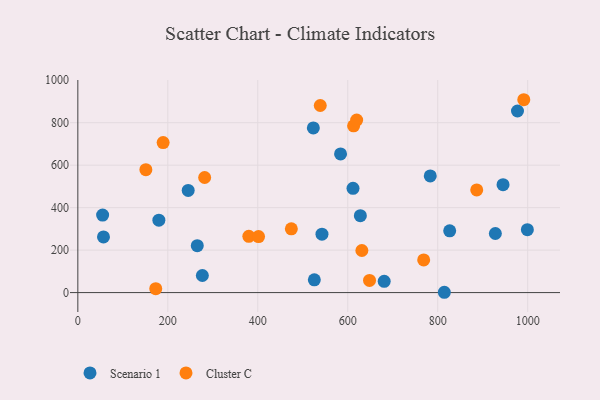
{"axis": {"x": "Distance", "y": "Exam Score"}, "legend": ["Cluster C", "Scenario 1"], "data": [{"x": "55.1", "y": 365.1, "type": "Scenario 1"}, {"x": "245.3", "y": 481.3, "type": "Scenario 1"}, {"x": "999.3", "y": 296.1, "type": "Scenario 1"}, {"x": "523.5", "y": 775.4, "type": "Scenario 1"}, {"x": "945.2", "y": 508.1, "type": "Scenario 1"}, {"x": "276.8", "y": 80.6, "type": "Scenario 1"}, {"x": "928.1", "y": 278.3, "type": "Scenario 1"}, {"x": "584.0", "y": 653.2, "type": "Scenario 1"}, {"x": "977.3", "y": 855.0, "type": "Scenario 1"}, {"x": "57.0", "y": 262.3, "type": "Scenario 1"}, {"x": "525.7", "y": 59.9, "type": "Scenario 1"}, {"x": "542.7", "y": 275.0, "type": "Scenario 1"}, {"x": "180.1", "y": 341.0, "type": "Scenario 1"}, {"x": "826.6", "y": 291.0, "type": "Scenario 1"}, {"x": "628.0", "y": 362.2, "type": "Scenario 1"}, {"x": "265.5", "y": 221.1, "type": "Scenario 1"}, {"x": "814.7", "y": 1.5, "type": "Scenario 1"}, {"x": "611.7", "y": 491.2, "type": "Scenario 1"}, {"x": "681.0", "y": 53.2, "type": "Scenario 1"}, {"x": "783.4", "y": 549.6, "type": "Scenario 1"}, {"x": "613.0", "y": 785.1, "type": "Cluster C"}, {"x": "991.3", "y": 908.2, "type": "Cluster C"}, {"x": "648.4", "y": 57.2, "type": "Cluster C"}, {"x": "380.1", "y": 265.1, "type": "Cluster C"}, {"x": "538.9", "y": 880.9, "type": "Cluster C"}, {"x": "173.2", "y": 18.6, "type": "Cluster C"}, {"x": "281.9", "y": 542.0, "type": "Cluster C"}, {"x": "474.6", "y": 300.1, "type": "Cluster C"}, {"x": "619.8", "y": 812.4, "type": "Cluster C"}, {"x": "631.4", "y": 198.1, "type": "Cluster C"}, {"x": "768.8", "y": 154.0, "type": "Cluster C"}, {"x": "886.7", "y": 483.5, "type": "Cluster C"}, {"x": "401.7", "y": 263.9, "type": "Cluster C"}, {"x": "151.2", "y": 578.6, "type": "Cluster C"}, {"x": "189.6", "y": 706.6, "type": "Cluster C"}]}